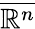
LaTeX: \overline{{\mathbb{R}^{n}}}